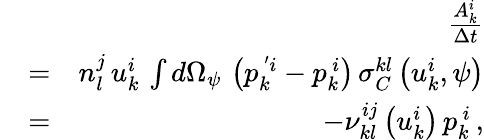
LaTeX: \begin{array}{rlr}&{}&{\frac{A_{k}^{i}}{\Delta t}}\\ &{=}&{n_{l}^{j}\, u_{k}^{i}\, \int d\Omega_{\psi}\, \left(p_{k}^{\, ^{\prime}i}-p_{k}^{\, i}\right)\, \sigma_{C}^{kl}\left(u_{k}^{i},\psi\right)}\\ &{=}&{-\nu_{kl}^{ij}\left(u_{k}^{i}\right)\, p_{k}^{\, i}\, ,}\end{array}